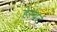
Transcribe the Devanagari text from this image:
हेस्बर्ट